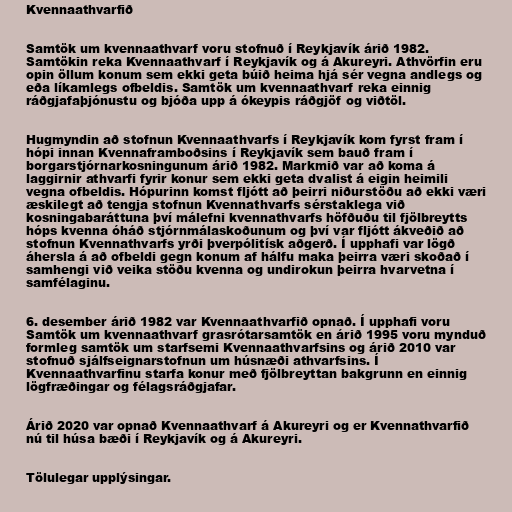
Kvennaathvarfið

Samtök um kvennaathvarf voru stofnuð í Reykjavík árið 1982.
Samtökin reka Kvennaathvarf í Reykjavík og á Akureyri. Athvörfin eru
opin öllum konum sem ekki geta búið heima hjá sér vegna andlegs og
eða líkamlegs ofbeldis. Samtök um kvennaathvarf reka einnig
ráðgjafaþjónustu og bjóða upp á ókeypis ráðgjöf og viðtöl.

Hugmyndin að stofnun Kvennaathvarfs í Reykjavík kom fyrst fram í
hópi innan Kvennaframboðsins í Reykjavík sem bauð fram í
borgarstjórnarkosningunum árið 1982. Markmið var að koma á
laggirnir athvarfi fyrir konur sem ekki geta dvalist á eigin heimili
vegna ofbeldis. Hópurinn komst fljótt að þeirri niðurstöðu að ekki væri
æskilegt að tengja stofnun Kvennathvarfs sérstaklega við
kosningabaráttuna því málefni kvennathvarfs höfðuðu til fjölbreytts
hóps kvenna óháð stjórnmálaskoðunum og því var fljótt ákveðið að
stofnun Kvennathvarfs yrði þverpólitísk aðgerð. Í upphafi var lögð
áhersla á að ofbeldi gegn konum af hálfu maka þeirra væri skoðað í
samhengi við veika stöðu kvenna og undirokun þeirra hvarvetna í
samfélaginu.

6. desember árið 1982 var Kvennaathvarfið opnað. Í upphafi voru
Samtök um kvennaathvarf grasrótarsamtök en árið 1995 voru mynduð
formleg samtök um starfsemi Kvennaathvarfsins og árið 2010 var
stofnuð sjálfseignarstofnun um húsnæði athvarfsins. Í
Kvennaathvarfinu starfa konur með fjölbreyttan bakgrunn en einnig
lögfræðingar og félagsráðgjafar.

Árið 2020 var opnað Kvennaathvarf á Akureyri og er Kvennathvarfið
nú til húsa bæði í Reykjavík og á Akureyri.

Tölulegar upplýsingar.